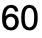
60